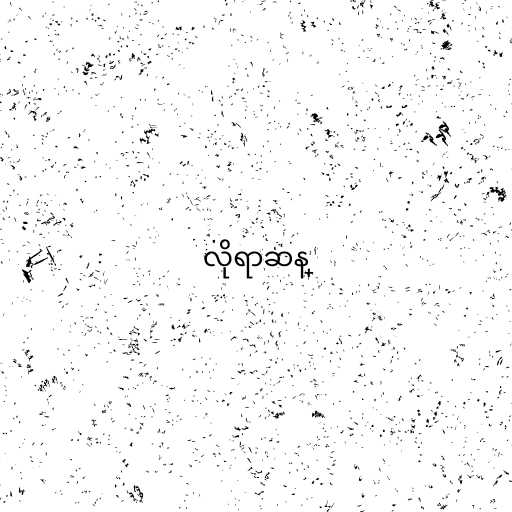
လိုရာဆန္